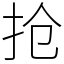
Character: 抢